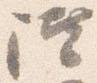
階